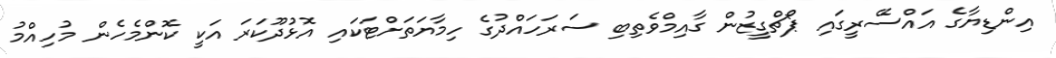
އިންޑިޔާގެ އައްސޭރީގައި ޕޯޗްގީޒުން ގާއިމްވެތިބި ސަރަހައްދުގެ ހިމާޔަތަށްޓަކައި އޮޅުދޫކަރަ އަކީ ކޮންމެހެން މުހިއްމު